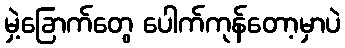
မှဲ့ခြောက်တွေ ပေါက်ကုန်တော့မှာပဲ